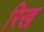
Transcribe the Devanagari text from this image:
रिख